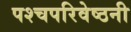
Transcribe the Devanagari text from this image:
पश्चपरिवेष्ठनी